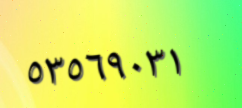
٥٣٥٦٩٠٣١